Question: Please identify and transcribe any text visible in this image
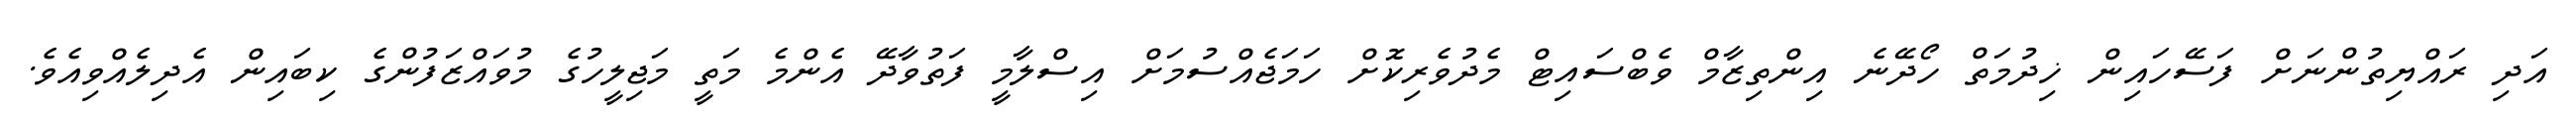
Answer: އަދި ރައްޔިތުންނަށް ފަސޭހައިން ޚިދުމަތް ހޯދޭނެ އިންތިޒާމް ވެބްސައިޓް މެދުވެރިކޮށް ހަމަޖެއްސުމަށް އިސްލާމީ ފަތުވާދޭ އެންމެ މަތީ މަޖިލީހުގެ މުވައްޒަފުންގެ ކިބައިން އެދިލެއްވިއެވެ.